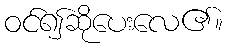
ဝင်၍ဆိုပေးလေ၏။